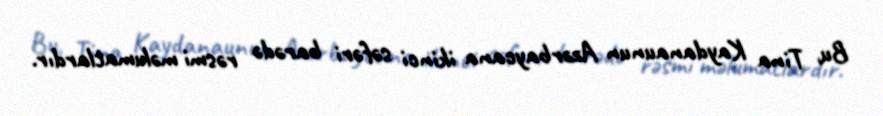
Bu, Tina Kaydanaunun Azərbaycana ikinci səfəri barədə rəsmi məlumatlardır.